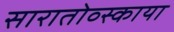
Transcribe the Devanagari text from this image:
सारातोव्स्काया